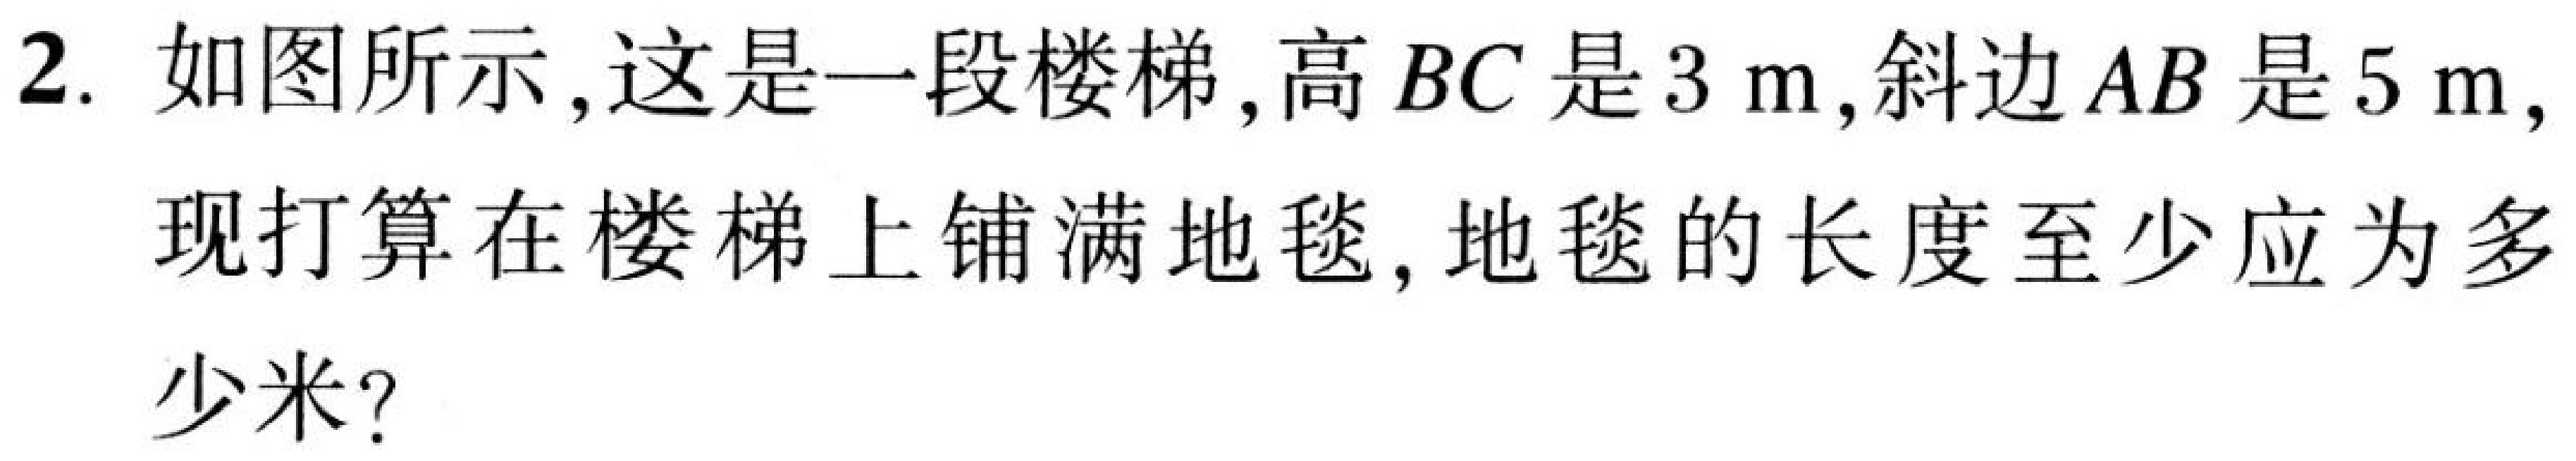
2. 如图所示, 这是一段楼梯, 高\(BC\)是\(3\mathrm{~m}\), 斜边\(AB\)是\(5\mathrm{~m}\), 现打算在楼梯上铺满地毯, 地毯的长度至少应为多少米?